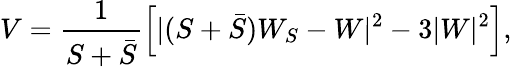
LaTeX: V=\frac{1}{S+\bar{S}}\left[|(S+\bar{S})W_{S}-W|^{2}-3|W|^{2}\right],